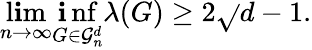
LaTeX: \operatorname*{l\mathbf{i}m}_{n\to\infty}\operatorname*{\mathbf{i}nf}_{G\in{\mathcal{{G}}}_{n}^{d}}\lambda(G)\geq2{\sqrt{}{{d-1}}}.